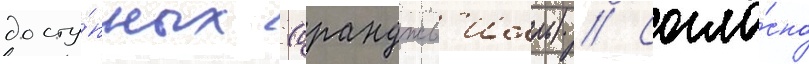
досту́пных (оранджв'илль) // Согла́сно